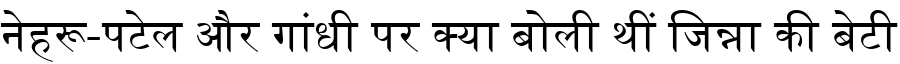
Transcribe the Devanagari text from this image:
नेहरू-पटेल और गांधी पर क्या बोली थीं जिन्ना की बेटी